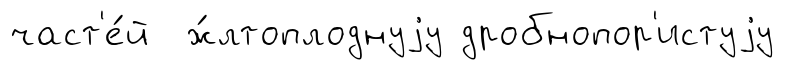
част'е́й ж́лтоплоднуjу дробнопор'истуjу